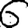
Digit: 6